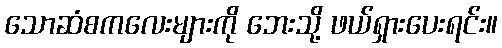
သောဆံစကလေးများကို ဘေးသို့ ဖယ်ရှားပေးရင်း။